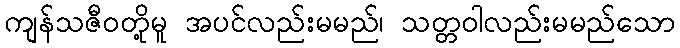
ကျန်သဇီဝတို့မူ အပင်လည်းမမည်၊ သတ္တဝါလည်းမမည်သော